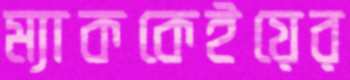
ম্যাককেইয়ের